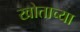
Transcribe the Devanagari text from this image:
खोताच्या